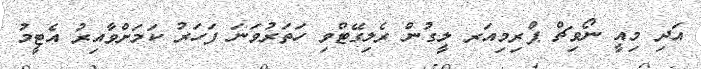
އަދި މިއީ ނޯވިޗް ޕްރިމިއަރ ލީގުން ރެލިގޭޓްވި ހަތަރުވަނަ ފަހަރު ކަމަށްވާއިރު އެޓީމު